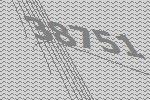
38751